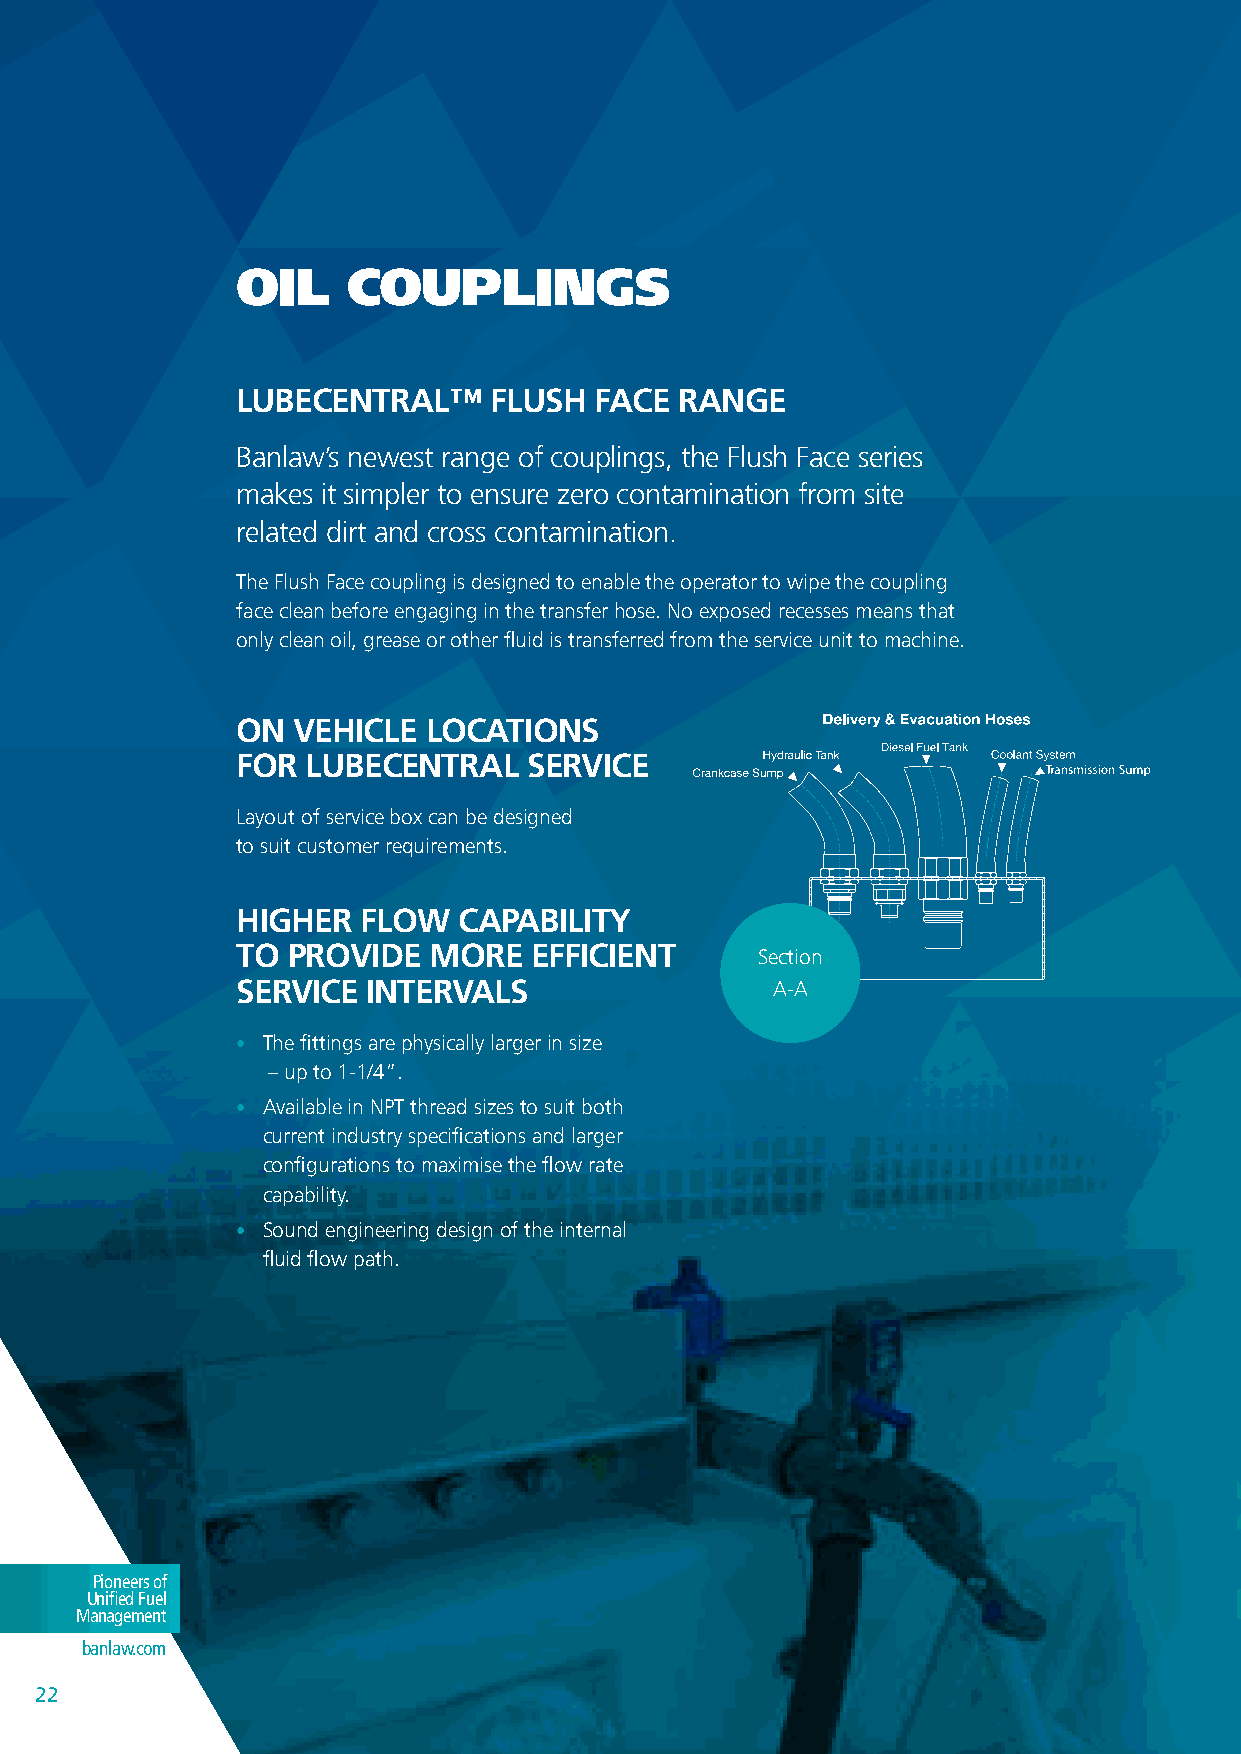
OIL    COUPLINGS
 LUBECENTRAL™    FLUSH  FACE  RANGE
 Banlaw’s newest range of couplings, the Flush Face series
 makes it simpler to ensure zero contamination from site
 related dirt and cross contamination.
 The Flush Face coupling is designed to enable the operator to wipe the coupling
 face clean before engaging in the transfer hose. No exposed recesses means that
 only clean oil, grease or other fluid is transferred from the service unit to machine.
 ON  VEHICLE LOCATIONS
 FOR LUBECENTRAL    SERVICE
 Layout of service box can be designed
 to suit customer requirements.
 HIGHER  FLOW   CAPABILITy
 TO PROVIDE   MORE  EFFICIENT      Section
 SERVICE INTERVALS                  A-A
 • The fittings are physically larger in size
 – up to 1-1/4”.
 • Available in NPT thread sizes to suit both
 current industry specifications and larger
 configurations to maximise the flow rate
 capability.
 • Sound engineering design of the internal
 fluid flow path.
 PPiioonneeeerrss ooff
 UUnniififieedd FFuueell
 MMaannaaggeemmeenntt
 bbaannllaaww..ccoomm
 2222